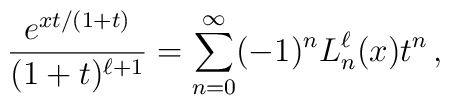
\frac{e^{xt/(1+t)}}{(1+t)^{\ell+1}}=\sum_{n=0}^{\infty}(-1)^n L_{n}^{\ell}(x)t^n\, ,